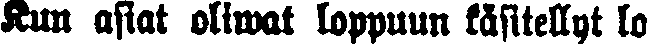
Kun asiat oliwat loppuun käsitellyt lo